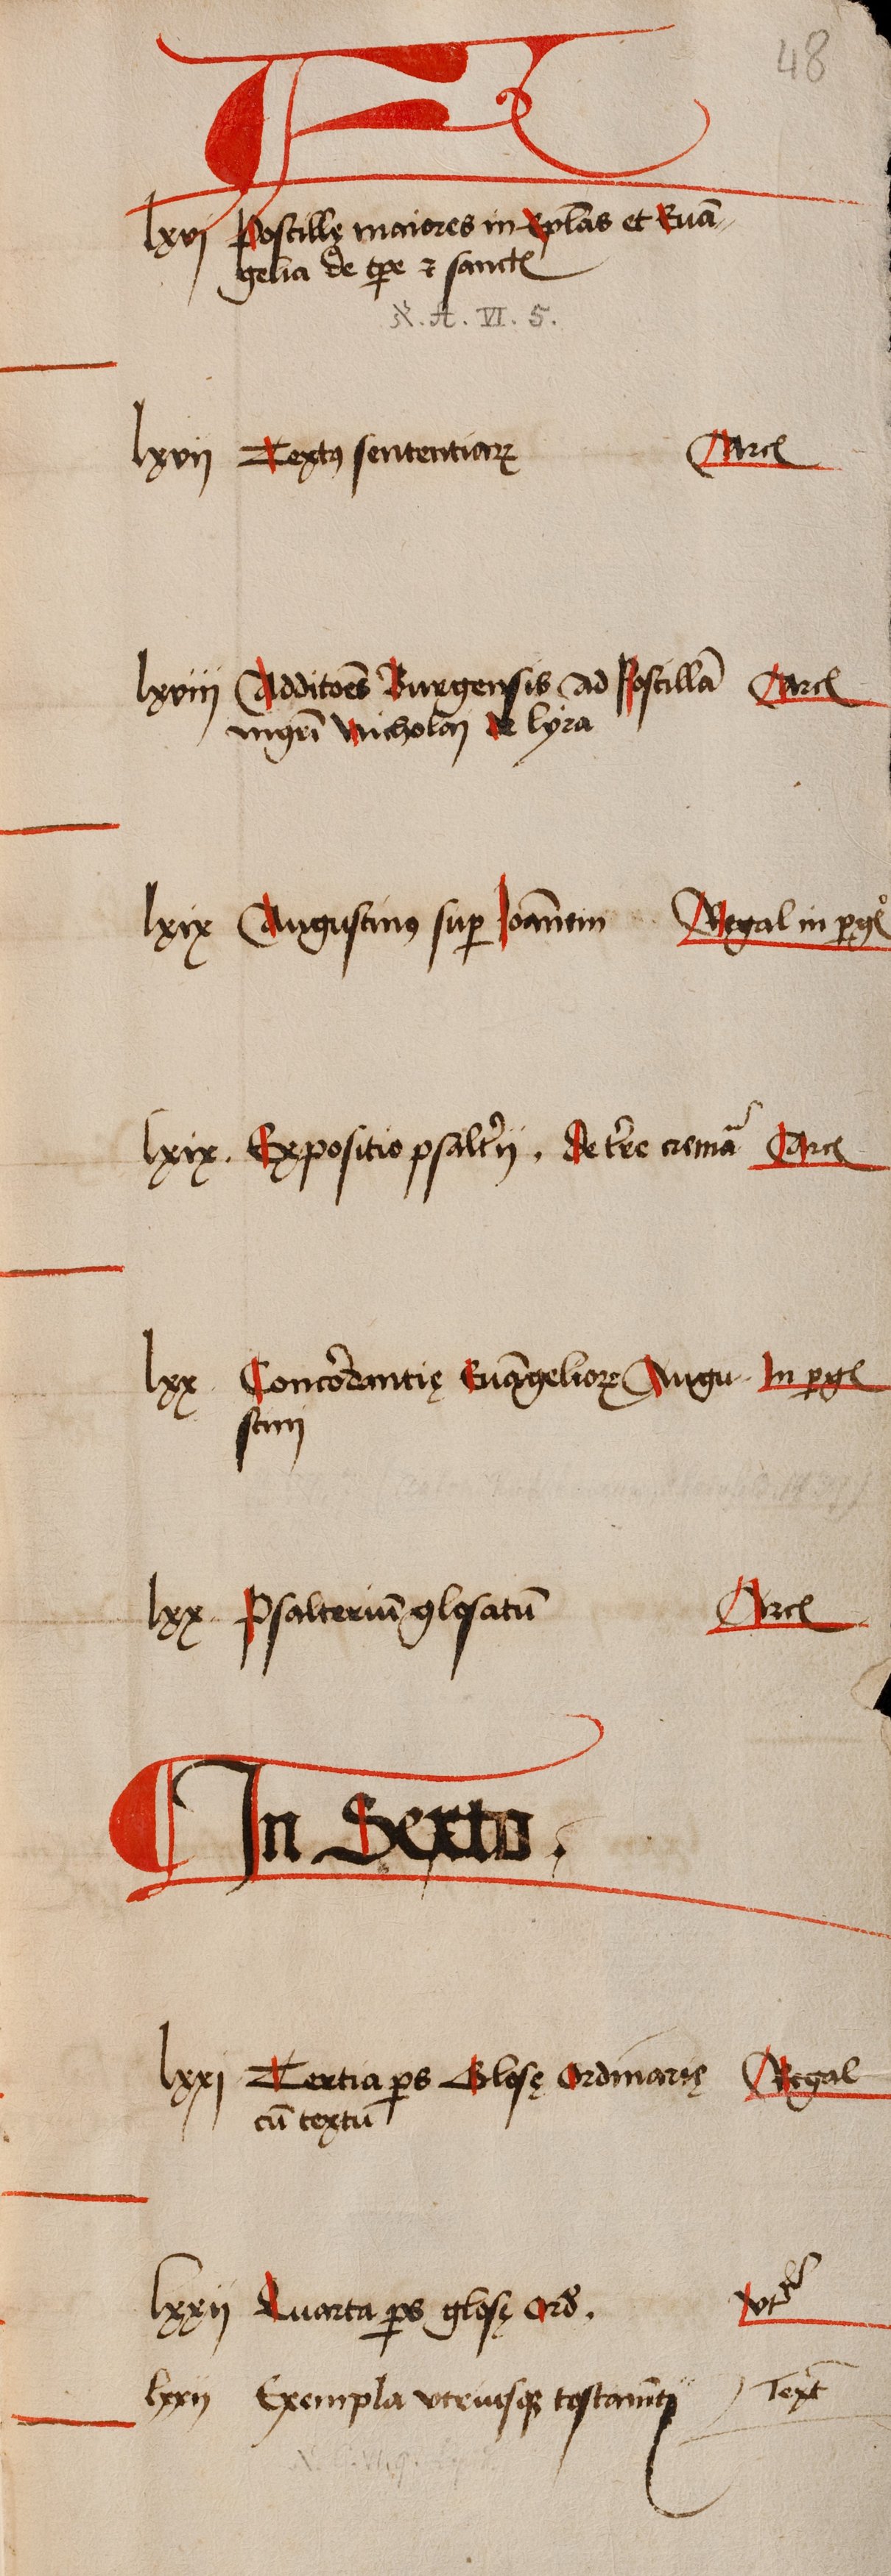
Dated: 1505–1535